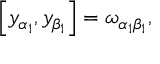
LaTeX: \left[ y _ { \alpha _ { 1 } } , y _ { \beta _ { 1 } } \right] = \omega _ { \alpha _ { 1 } \beta _ { 1 } } ,